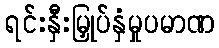
ရင်းနှီးမြှုပ်နှံမှုပမာဏ